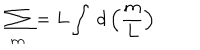
\sum _ { m } = L \int ~ d \left( \frac { m } { L } \right)